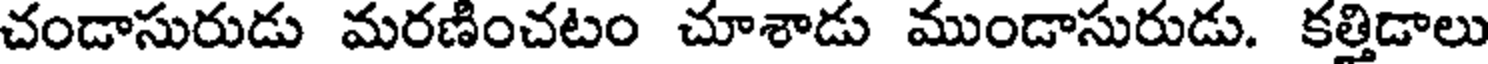
చండాసురుడు మరణించటం చూశాడు ముండాసురుడు. కత్తిడాలు